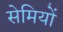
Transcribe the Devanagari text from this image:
सेमियों